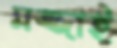
মজ্জাই